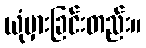
ယုံမှားခြင်းတည်း။